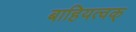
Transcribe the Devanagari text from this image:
बाहियत्वक्‌